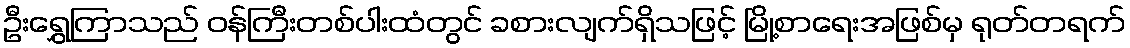
ဦးရွှေကြာသည် ဝန်ကြီးတစ်ပါးထံတွင် ခစားလျက်ရှိသဖြင့် မြို့စာရေးအဖြစ်မှ ရုတ်တရက်